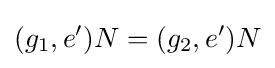
(g_{1},e')N=(g_{2},e')N